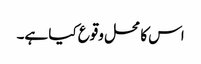
اس کا محل وقوع کیا ہے۔